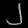
Digit: ၂